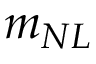
m _ { N L }